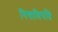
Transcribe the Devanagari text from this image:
निषादिपति